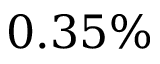
0 . 3 5 \%